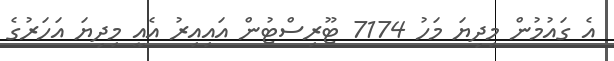
އެ ގައުމުން މިދިޔަ މަހު 7174 ޓޫރިސްޓުން އައިއިރު އެއީ މިދިޔަ އަހަރުގެ